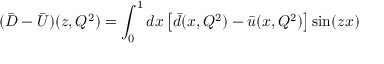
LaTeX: ( \bar { D } - \bar { U } ) ( z , Q ^ { 2 } ) = \int _ { 0 } ^ { 1 } d x \left[ \bar { d } ( x , Q ^ { 2 } ) - \bar { u } ( x , Q ^ { 2 } ) \right] \sin ( z x )